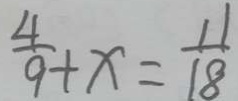
\frac { 4 } { 9 } + x = \frac { 1 1 } { 1 8 }